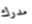
مدرك